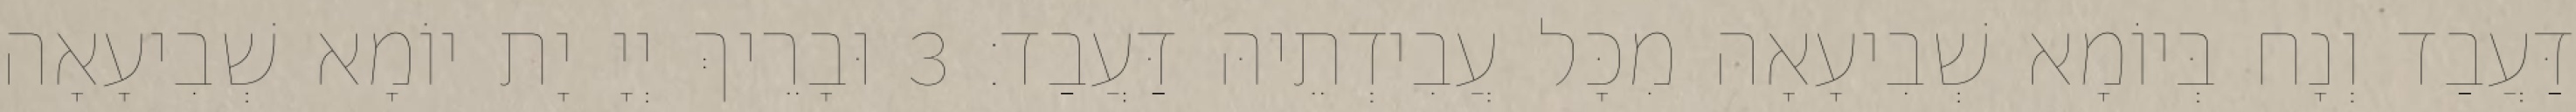
דַּעֲבַד וְנָח בְּיוֹמָא שְׁבִיעָאָה מִכָּל עֲבִידְתֵיהּ דַּעֲבַד׃ 3 וּבָרֵיךְ יְיָ יָת יוֹמָא שְׁבִיעָאָה